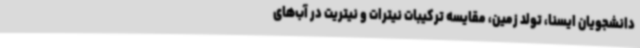
دانشجویان ایسنا، تولد زمین، مقایسه‌ ترکیبات نیترات و نیتریت در آب‌های